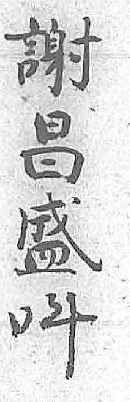
謝呌昌 盛